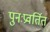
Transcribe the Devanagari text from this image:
पुनःप्रवर्तित